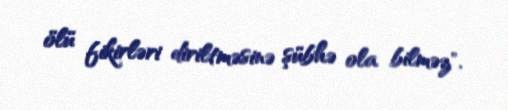
ölü fikirləri diriltməsinə şübhə ola bilməz".